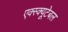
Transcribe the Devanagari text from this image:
एक्स्क्यूटेबल